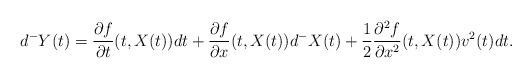
LaTeX: \begin{align*}d^-Y (t) = \frac{\partial f}{\partial t}(t,X(t))dt+\frac{\partial f}{\partial x}(t,X(t))d^-X(t)+\frac{1}{2}\frac{\partial^2f}{\partial x^2} (t,X(t))v^2(t)dt.\end{align*}